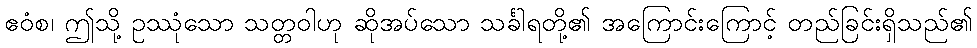
ဧဝံစ၊ ဤသို့ ဥဿုံသော သတ္တဝါဟု ဆိုအပ်သော သင်္ခါရတို့၏ အကြောင်းကြောင့် တည်ခြင်းရှိသည်၏